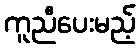
ကူညီပေးမည့်